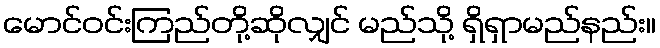
မောင်ဝင်းကြည်တို့ဆိုလျှင် မည်သို့ ရှိရှာမည်နည်း။